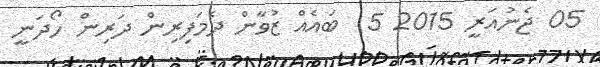
05 ޖެނުއަރީ 2015 5  ބައެއް ޒުވާން ދެމަފިރިން ދަރިން ހޯދަނީ